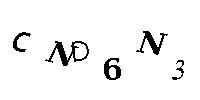
CND6N3